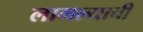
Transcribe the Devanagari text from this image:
लागल्याची